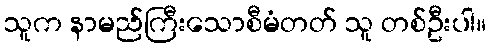
သူက နာမည်ကြီးသောစီမံတတ် သူ တစ်ဦးပါ။